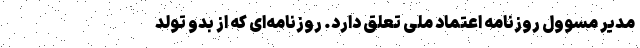
مدیر مسوول روزنامه اعتماد ملی تعلق دارد. روزنامه‌ای که از بدو تولد